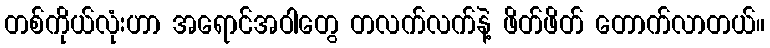
တစ်ကိုယ်လုံးဟာ အရောင်အဝါတွေ တလက်လက်နဲ့ ဖိတ်ဖိတ် တောက်လာတယ်။